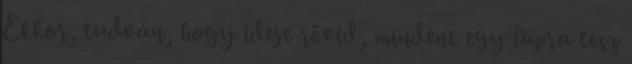
Ekkor, tudván, hogy ideje rövid, mindent egy lapra tesz